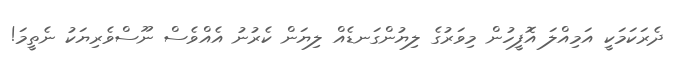
ދެރަކަމަކީ އަމިއްލަ އޮފީހުން މިވަރުގެ ލިޔުންގަނޑެއް ލިޔަން ކެެރުނު އެއްވެސް ނޫސްވެރިޔަކު ނެތީމަ!